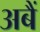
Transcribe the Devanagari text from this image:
अबैं